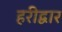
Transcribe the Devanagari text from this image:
हरीद्वार